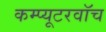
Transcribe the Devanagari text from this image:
कम्प्यूटरवॉच